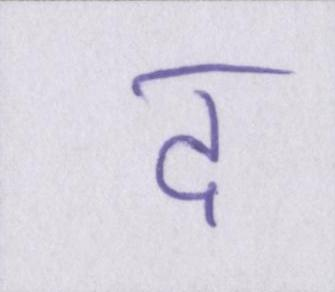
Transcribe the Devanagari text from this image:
द